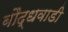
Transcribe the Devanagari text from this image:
बौद्धवाडी